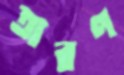
তারণ